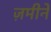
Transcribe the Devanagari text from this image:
ज़मीने